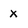
Character: x